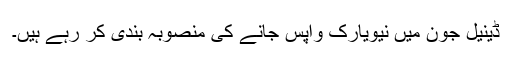
ڈینیل جون میں نیویارک واپس جانے کی منصوبہ بندی کر رہے ہیں۔